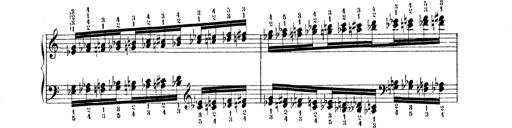
Title: Technische Studien
Composer: Franz Liszt